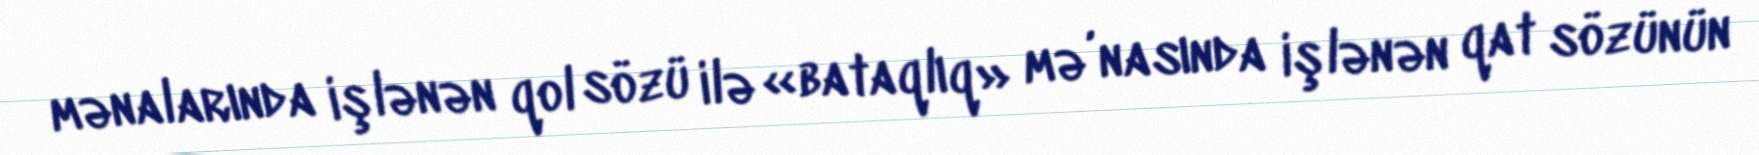
mənalarında işlənən qol sözü ilə «bataqlıq» mə’nasında işlənən qat sözünün